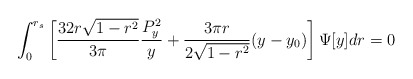
\begin{align*}\int_{0}^{r_{s}} \left[ \frac{32 r\sqrt{1-r^{2}}}{3\pi}\frac{P_{y}^{2}}{y}+ \frac{3\pi r}{2\sqrt{1-r^{2}}} (y - y_{0})\right] \Psi[y] dr = 0\end{align*}